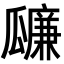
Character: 𤬚